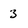
Character: 3